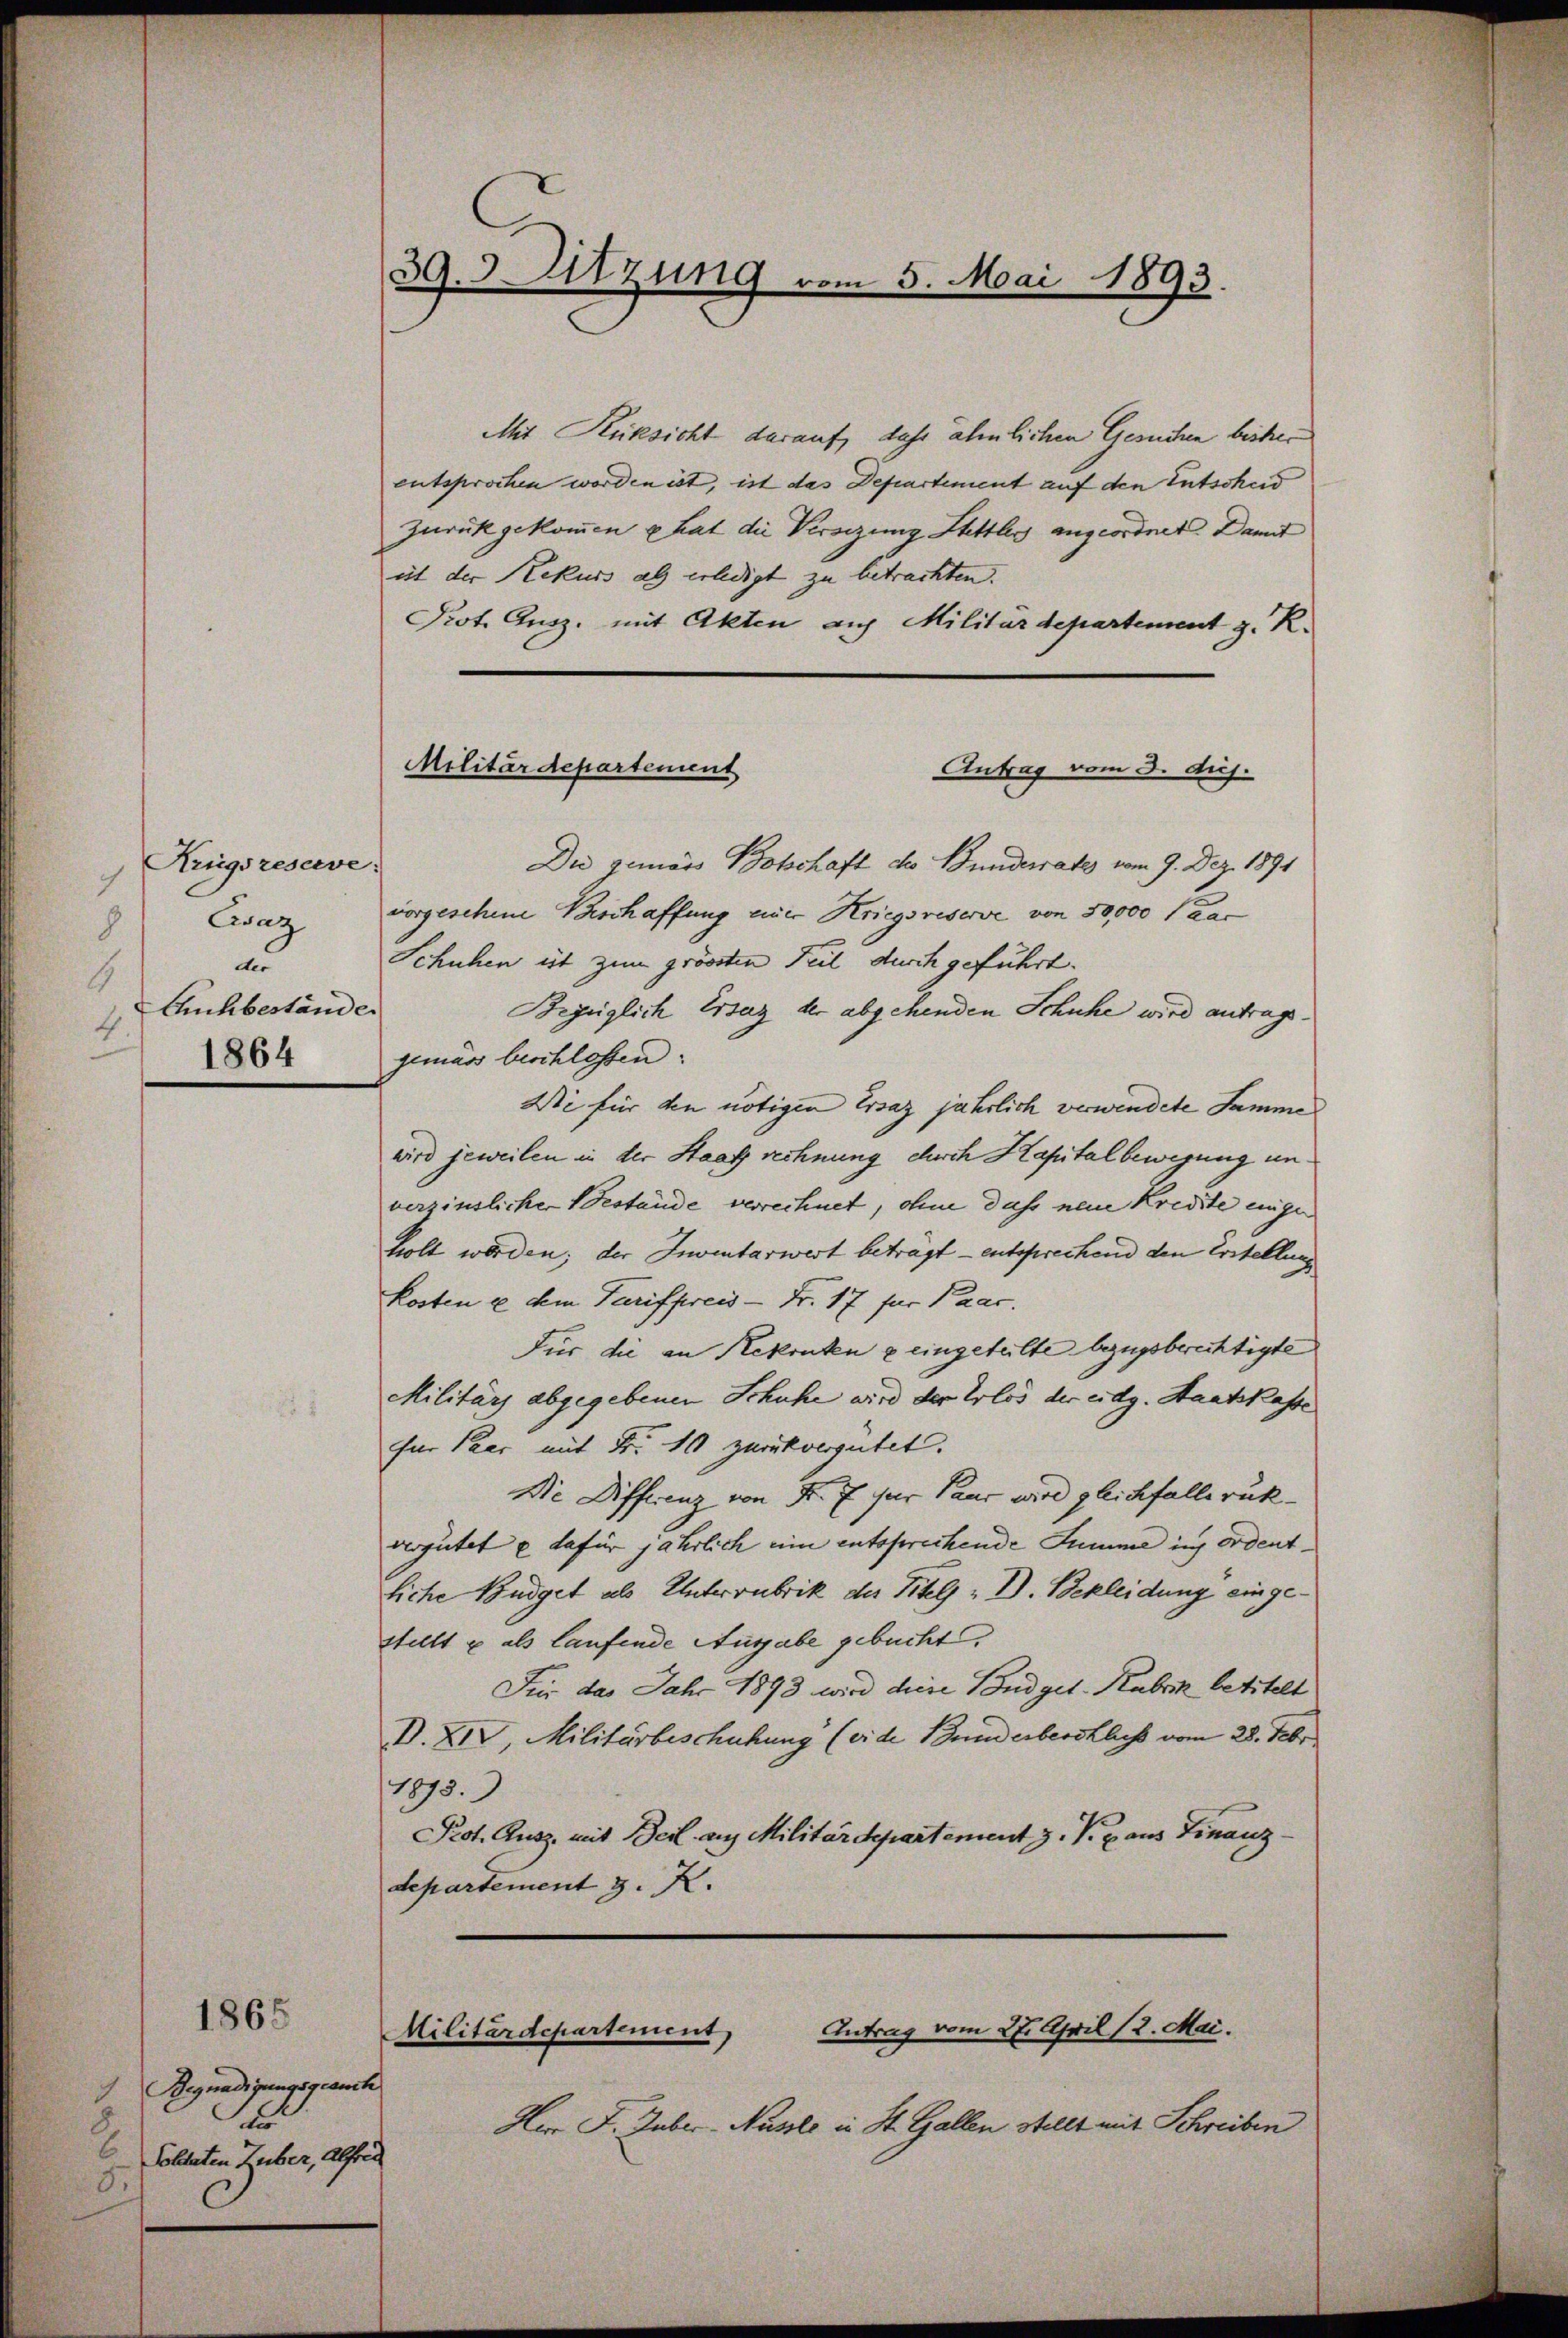
Krugsreserve:
9
Caz
8
de
6
Auhbestände
4
1864

Begnadigungsgrante
7
1
2
Soldaten Zuber, Alfred
5.

1865

39. Sitzung vom 5. Mai 1893.

Mit Rücksicht darauf, das ähnlichen Gesuchen bisher
entsprochen worden ist, ist das Departement auf den Entscheid
Zurückgekommen hat die Versezung Stettlers angeordnet. Damit
iit der Rekurs als erledigt zu betrachten.
Prot. Gusz. mit Akten auf Militärdepartement z. R.
Antrag vom 3. huj.
Die gemäss Botschaft des Bundesrates vom 9. Dez. 1891
vorgeschine Beschaffung eine Kriegsreserve von 50,000 Paar
Schuhen ist zum grössten Teil durch geführt.
Bezüglich Ersaz der abgehenden Schuhe wird antrags.
gemäss beschlossen.
Die für den nötigen Ersaz jährlich verwindete Samme
wird jeweilen in der Staat rechnung durch Kapitalbewegung unverzinslicher Bestände verrechnet, ohne dass neue Kredite eige
holt worden; der Inventarwert beträgt — entsprechend den Erstellung
Kosten u dem Tarifpreis = Fr. 17 für Paar.
Für die an Rekruten & eingeteilte bezugsberechtigte
Militärs abgegebenen Schuhe wird der Erlös der eidg. Staatskasse
für Paar mit Fr. 10 zurückvergütet.
Die Differenz von Fr. 7 für Paur wird gleichfalles rükvergütet u dafür jährlich eine entsprechende Summe ins ordentliche Budget als Unterrubrik der Titel „ I. Bekleidung eingestellt u als laufende Ausgabe gebucht,
Für das Jahr 1893 wird diese Budget-Kabrik betitelt
D. XIV, Militärbeschuhung (vide Bunderberstlich vom 28. Febr
1875.
Prot. Ausz. mit Berl aus Militärdepartement z. V. p. aus Finanz-
departement z. R.

Militärdepartement

Militärdepartement
Antrag vom 27. April 12. Mai.

Herr J. Guber-Nusste in St. Gallen stellt mit Schreiben